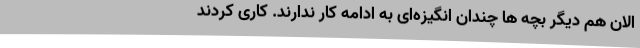
الان هم دیگر بچه ها چندان انگیزه‌ای به ادامه کار ندارند. کاری کردند